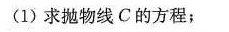
(1)求抛物线C的方程；